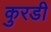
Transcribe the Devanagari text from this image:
कुरडी